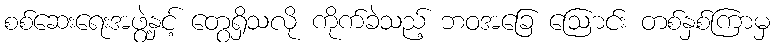
စစ်ဆေးရေးအဖွဲ့နှင့် တွေရှိသလို ကိုက်ခဲသည့် ဘဝအခြေ ဩောင်း တစ်နှစ်ကြာမှ